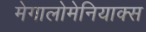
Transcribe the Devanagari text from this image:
मेगालोमेनियाक्स